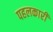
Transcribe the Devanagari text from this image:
पहलकारी